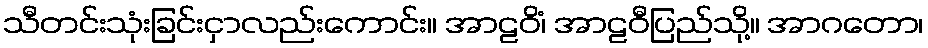
သီတင်းသုံးခြင်းငှာလည်းကောင်း။ အာဠဝိံ၊ အာဠဝီပြည်သို့။ အာဂတော၊